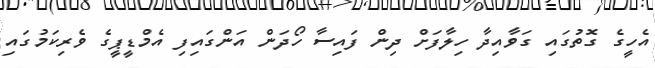
އެހީގެ ގޮތުގައި ގަވާއިދާ ހިލާފަށް ދިން ފައިސާ ހޯދަން އަންގައިފި އެމްޑީޕީގެ ވެރިކަމުގައި